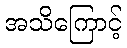
အသိကြောင့်